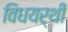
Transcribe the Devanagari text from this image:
विधयर्थी